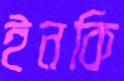
ইনকি